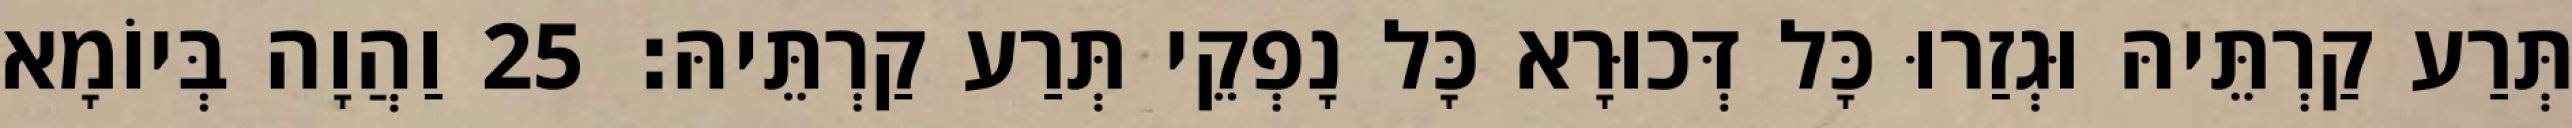
תְּרַע קַרְתֵּיהּ וּגְזַרוּ כָּל דְּכוּרָא כָּל נָפְקֵי תְּרַע קַרְתֵּיהּ׃ 25 וַהֲוָה בְּיוֹמָא